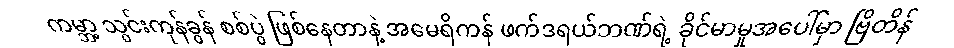
ကမ္ဘာ့ သွင်းကုန်ခွန် စစ်ပွဲ ဖြစ်နေတာနဲ့ အမေရိကန် ဖက်ဒရယ်ဘဏ်ရဲ့ ခိုင်မာမှုအပေါ်မှာ ဗြိတိန်